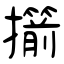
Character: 擶